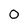
Character: 0